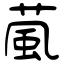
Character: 葻